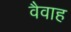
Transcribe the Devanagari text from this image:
वैवाह